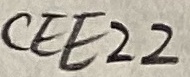
Text: CEE22